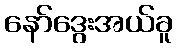
နော်ဒွေးအယ်ခူ